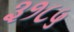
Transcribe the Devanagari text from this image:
३१८५